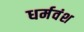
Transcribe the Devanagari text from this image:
धर्मवंश